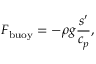
\ensuremath { \boldsymbol } { F } _ { \mathrm { b u o y } } = - \rho \ensuremath { \boldsymbol } { g } \frac { s ^ { \prime } } { c _ { p } } ,